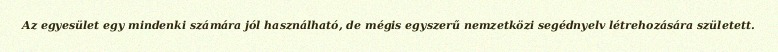
Az egyesület egy mindenki számára jól használható, de mégis egyszerű nemzetközi segédnyelv létrehozására született.